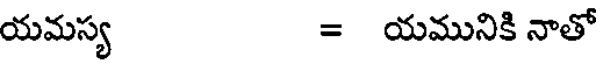
యమస్య = యమునికి నాతో